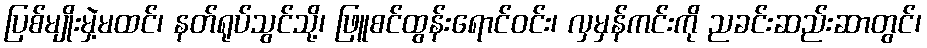
ပြစ်မျိုးမှဲ့မထင်၊ နတ်ရုပ်သွင်သို့၊ ဖြူစင်ထွန်းရောင်ဝင်း၊ လှမှန်ကင်းကို ညခင်းဆည်းဆာတွင်၊